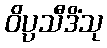
ဝိပ္ပသီဒိံသု